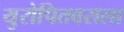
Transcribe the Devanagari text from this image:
युरोपितवसला